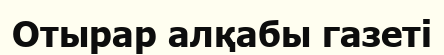
Отырар алқабы газеті